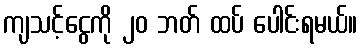
ကျသင့်ငွေကို ၂၀ ဘတ် ထပ် ပေါင်းရမယ်။